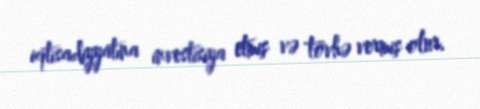
iqtisadiyyatına investisiya etmiş və tövhə vermiş olur.